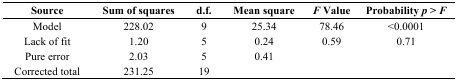
<table><thead><tr><td><b>Source</b></td><td><b>Sum of squares</b></td><td><b>d.f.</b></td><td><b>Mean square</b></td><td><b><i>F</i> Value</b></td><td><b>Probability <i>p</i> &gt; <i>F</i></b></td></tr></thead><tbody><tr><td>Model</td><td>228.02</td><td>9</td><td>25.34</td><td>78.46</td><td>&lt;0.0001</td></tr><tr><td>Lack of fit</td><td>1.20</td><td>5</td><td>0.24</td><td>0.59</td><td>0.71</td></tr><tr><td>Pure error</td><td>2.03</td><td>5</td><td>0.41</td><td></td><td></td></tr><tr><td>Corrected total</td><td>231.25</td><td>19</td><td></td><td></td><td></td></tr></tbody></table>